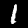
Label: 1